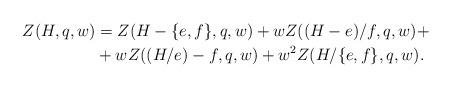
LaTeX: \begin{align*}Z(H,q,w) &=Z(H-\{e,f\},q,w)+wZ((H-e)/f,q,w)+\\&+wZ((H/e)-f,q,w)+w^2Z(H/\{e,f\},q,w).\end{align*}